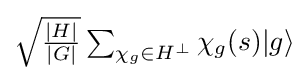
{\textstyle {\sqrt {\frac {|H|}{|G|}}}\sum _{\chi _{g}\in H^{\perp }}\chi _{g}(s)|g\rangle }